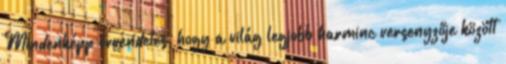
Mindenképp örvendetes, hogy a világ legjobb harminc versenyzője között